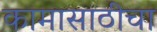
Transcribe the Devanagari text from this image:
कामासाठीचा